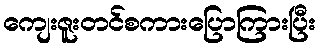
ကျေးဇူးတင်စကားပြောကြားပြီး